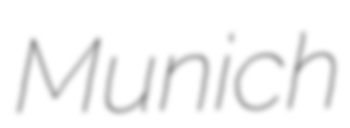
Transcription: Munich